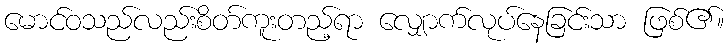
မောင်ဝသည်လည်းစိတ်ကူးတည့်ရာ လျှောက်လုပ်နေခြင်းသာ ဖြစ်၏။